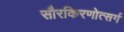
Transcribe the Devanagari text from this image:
सौरकिरणोत्सर्ग